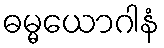
ဓမ္မယောဂါနံ